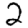
Digit: 2